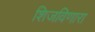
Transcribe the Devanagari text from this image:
शिजविणारा